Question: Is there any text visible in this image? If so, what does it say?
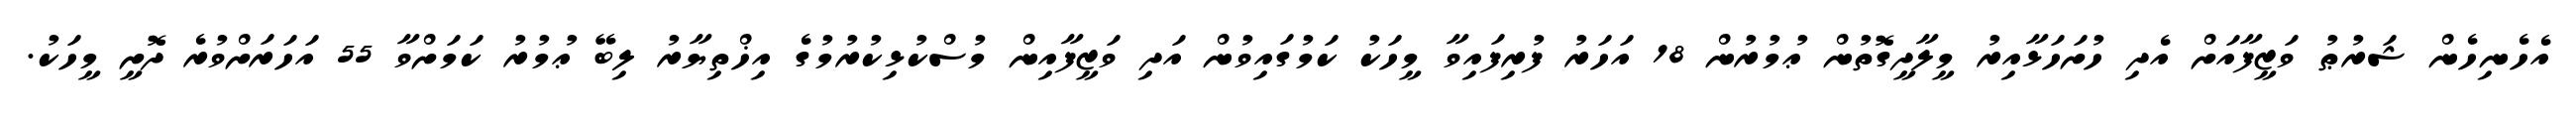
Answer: އެހެނިހެން ޝަރުޠު ވަޒީފާއަށް އެދި ހުށަހަޅާއިރު މީލާދީގޮތުން ޢުމުރުން 18 އަހަރު ފުރިފައިވާ މީހަކު ކަމުގައިވުން އަދި ވަޒީފާއިން މުސްކުޅިކުރުމުގެ އިޚްތިޔާރު ލިބޭ ޢުމުރު ކަމަށްވާ 55 އަހަރަށްވުރެ ދޮށީ މީހަކު.